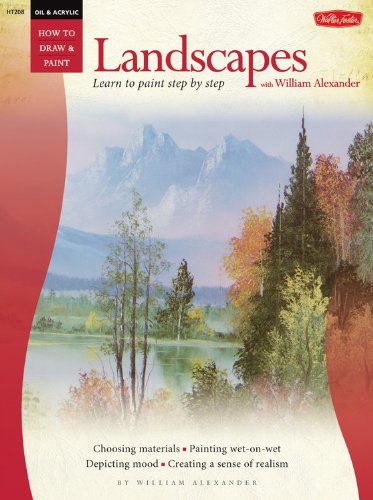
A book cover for Oil: Landscapes with William Alexander (Learn to Paint Step by Step); William Alexander; Arts & Photography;